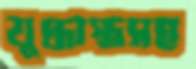
যুদ্ধাস্ত্রসহ